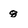
Character: g